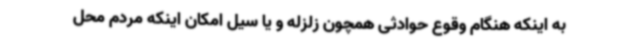
به اینکه هنگام وقوع حوادثی همچون زلزله و یا سیل امکان اینکه مردم محل